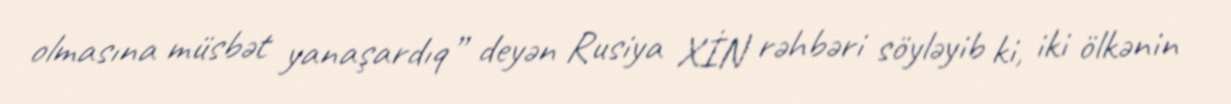
olmasına müsbət yanaşardıq” deyən Rusiya XİN rəhbəri söyləyib ki, iki ölkənin